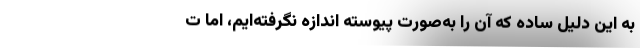
به این دلیل ساده که آن را به‌صورت پیوسته اندازه نگرفته‌ایم، اما ت